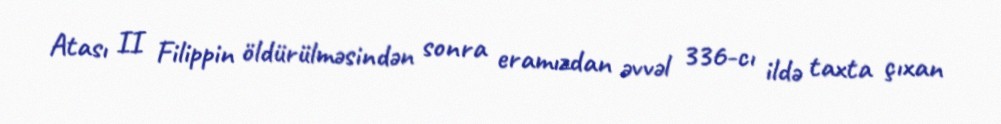
Atası II Filippin öldürülməsindən sonra eramızdan əvvəl 336-cı ildə taxta çıxan